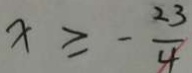
x \geq - \frac { 2 3 } { 4 }